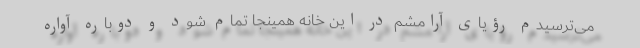
می‌ترسیدم رؤیای آرامشم در این خانه همینجا تمام شود و دوباره آواره